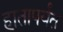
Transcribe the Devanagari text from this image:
हातापर्यंत